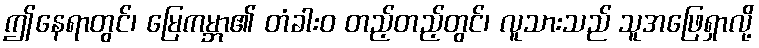
ဤနေရာတွင်၊ မြေကမ္ဘာ၏ တံခါးဝ တည့်တည့်တွင်၊ လူသားသည် သူအဖြေရှာလို့